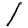
Digit: 1